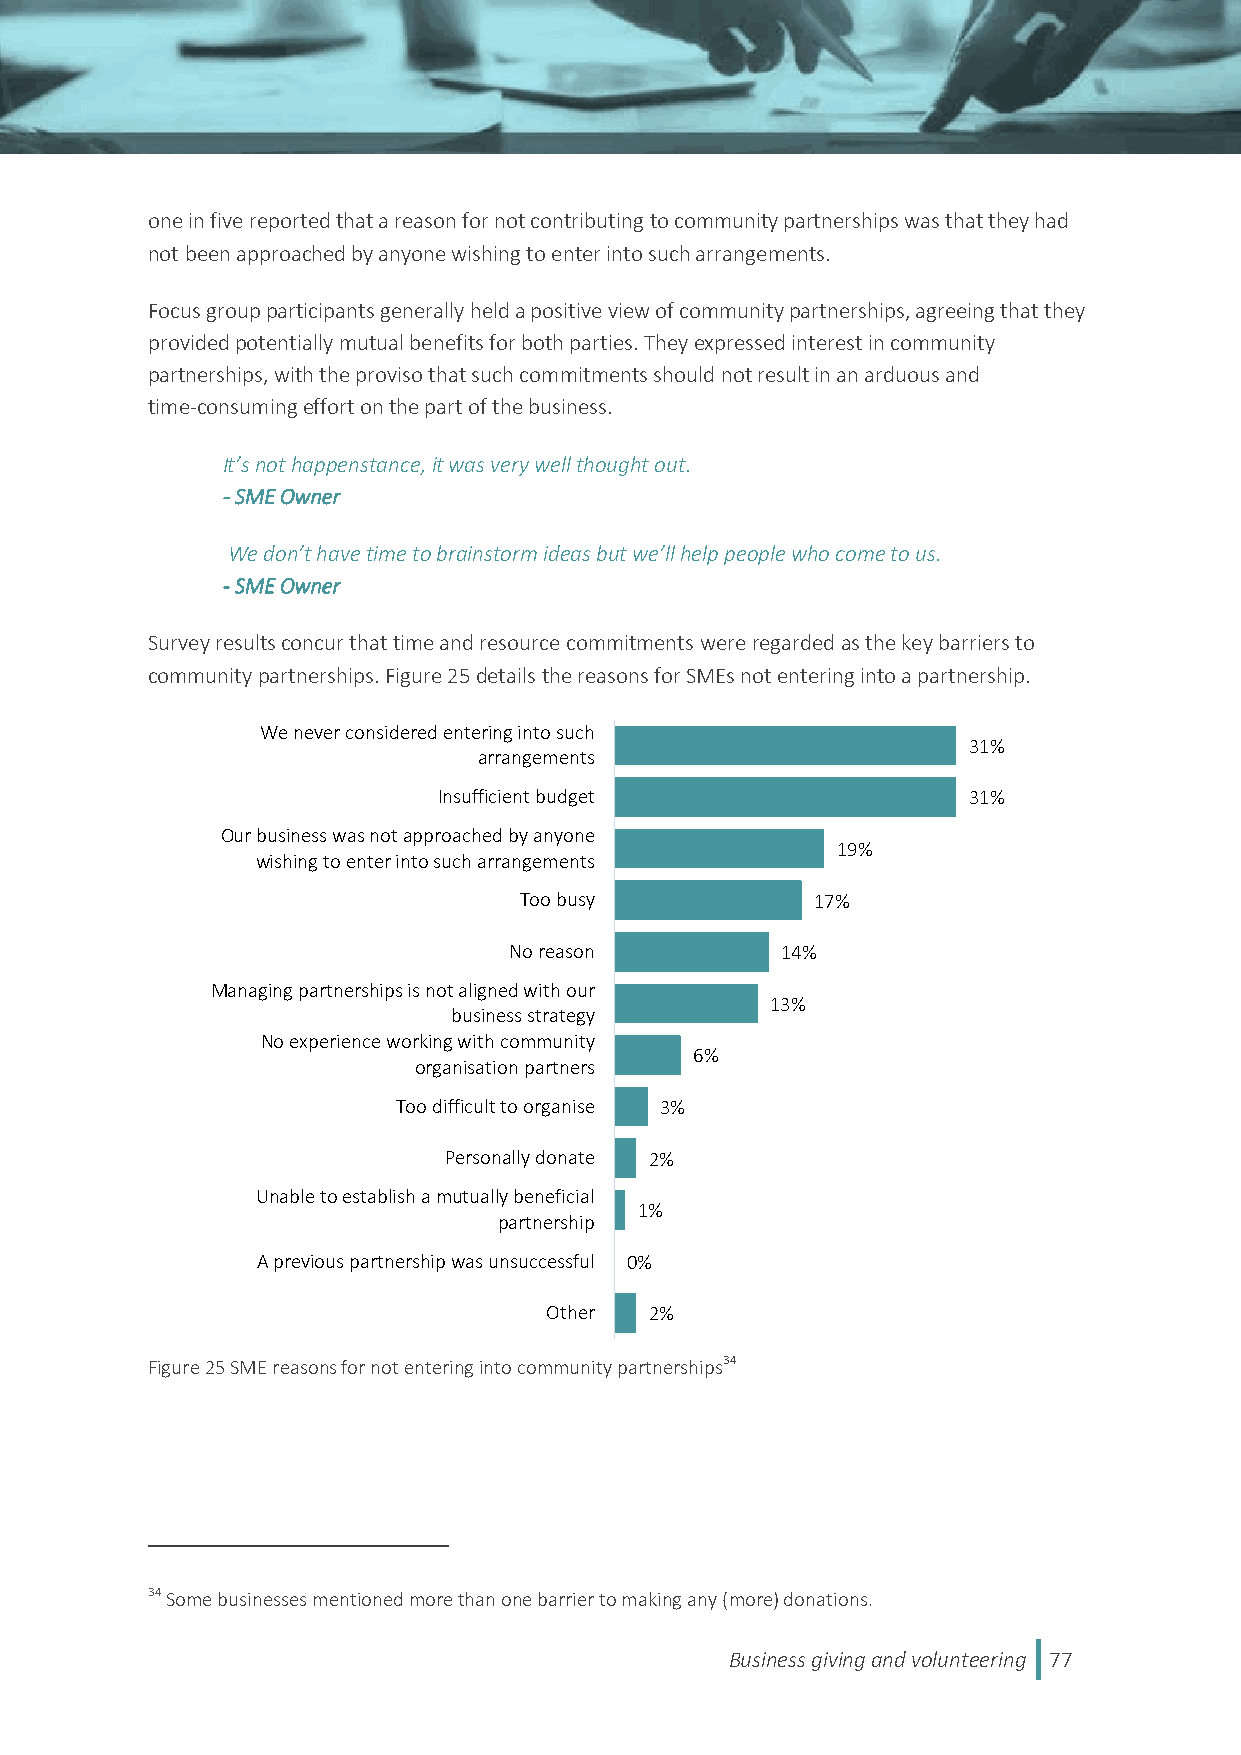
one in five reported that a reason for not contributing to community partnerships was that they had
 not been approached by anyone wishing to enter into such arrangements.
 Focus group participants generally held a positive view of community partnerships, agreeing that they
 provided potentially mutual benefits for both parties. They expressed interest in community
 partnerships, with the proviso that such commitments should not result in an arduous and
 time-consuming effort on the part of the business.
 It’s not happenstance, it was very well thought out.
 - SME Owner
 We don’t have time to brainstorm ideas but we’ll help people who come to us.
 - SME Owner
 Survey results concur that time and resource commitments were regarded as the key barriers to
 community partnerships. Figure 25 details the reasons for SMEs not entering into a partnership.
 We never considered entering into such
 31%
 arrangements
 Insufficient budget                31%
 Our business was not approached by anyone
 19%
 wishing to enter into such arrangements
 Too busy            17%
 No reason         14%
 Managing partnerships is not aligned with our
 13%
 business strategy
 No experience working with community
 6%
 organisation partners
 Too difficult to organise 3%
 Personally donate 2%
 Unable to establish a mutually beneficial
 1%
 partnership
 A previous partnership was unsuccessful 0%
 Other  2%
 Figure 25 SME reasons for not entering into community partnerships34
 34 Some businesses mentioned more than one barrier to making any (more) donations.
 Business giving and volunteering 77